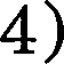
4)